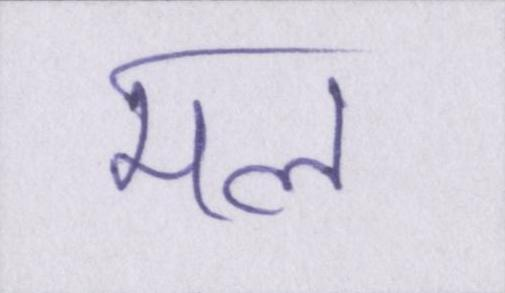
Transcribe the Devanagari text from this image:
मल